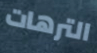
الترهات